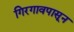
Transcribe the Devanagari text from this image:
गिरगावपासून